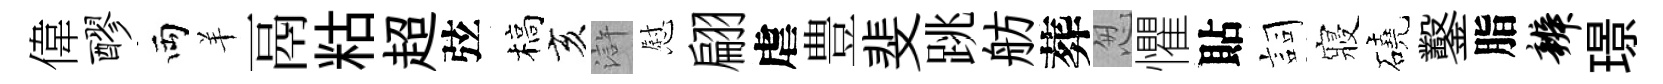
偉醪両羊鬲䊀超弦槁亥滸慰翩虐豊斐跳舫葬怱懼貼詞寢磽鑿脂辨璟